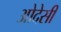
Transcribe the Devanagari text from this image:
ओदेसी